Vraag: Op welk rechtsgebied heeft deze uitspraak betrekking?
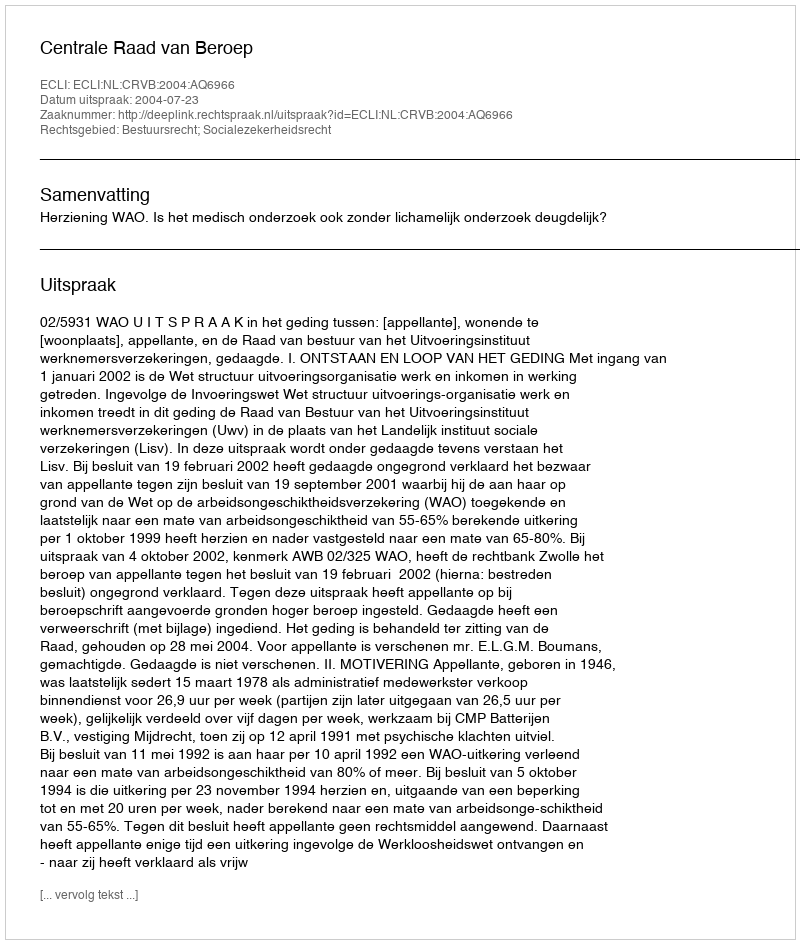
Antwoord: Bestuursrecht; Socialezekerheidsrecht